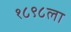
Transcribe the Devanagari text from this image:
१८९८ला